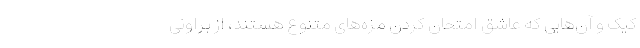
کیک و آن‌هایی که عاشق امتحان کردن مزه‌های متنوع هستند، از براونی